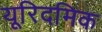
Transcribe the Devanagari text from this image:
यूरिदमिक